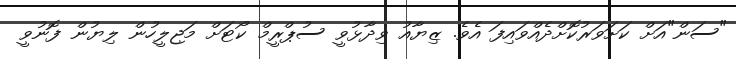
"ސަން"އަށް ކަށަވަރުކޮށްދެއްވައިފަ އެވެ. ޒިޔާއު ވިދާޅުވީ ސުޕްރީމް ކޯޓަށް މަޖިލީހުން ލިޔުން ފޮނުވީ